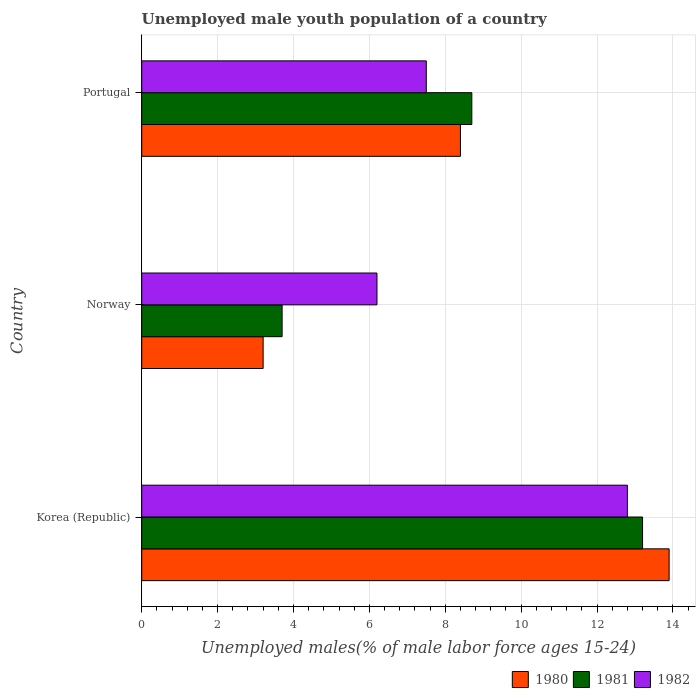
| Country | 1980 | 1981 | 1982 |
 | --- | --- | --- | --- |
 | Korea (Republic) | 13.9 | 13.2 | 12.8 |
 | Norway | 3.2 | 3.7 | 6.2 |
 | Portugal | 8.4 | 8.7 | 7.5 |